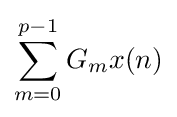
\sum \limits _{m=0}^{p-1}G_{m}x(n)